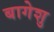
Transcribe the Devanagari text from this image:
बागेशु